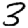
Digit: 3